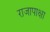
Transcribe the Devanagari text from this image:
राजापाक्षा